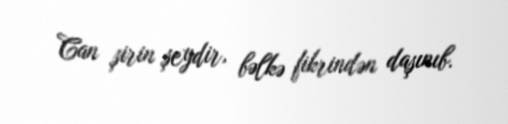
Can şirin şeydir, bəlkə fikrindən daşınıb.